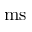
\mathrm { m s }